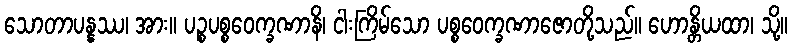
သောတာပန္နဿ၊ အား။ ပဉ္စပစ္စဝေက္ခဏာနိ၊ ငါးကြိမ်သော ပစ္စဝေက္ခဏာဇောတို့သည်။ ဟောန္တိယထာ၊ သို့။